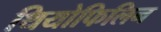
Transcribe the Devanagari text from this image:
थियोफिलिन